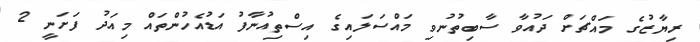
ރިޔާޒުގެ މައްޗަށް ދައުވާ ސާބިތުނުވި މައްސަލައިގެ އިސްތިއުނާފު އަޑުއެހުންތައް މިއަދު ފަށަނީ 2